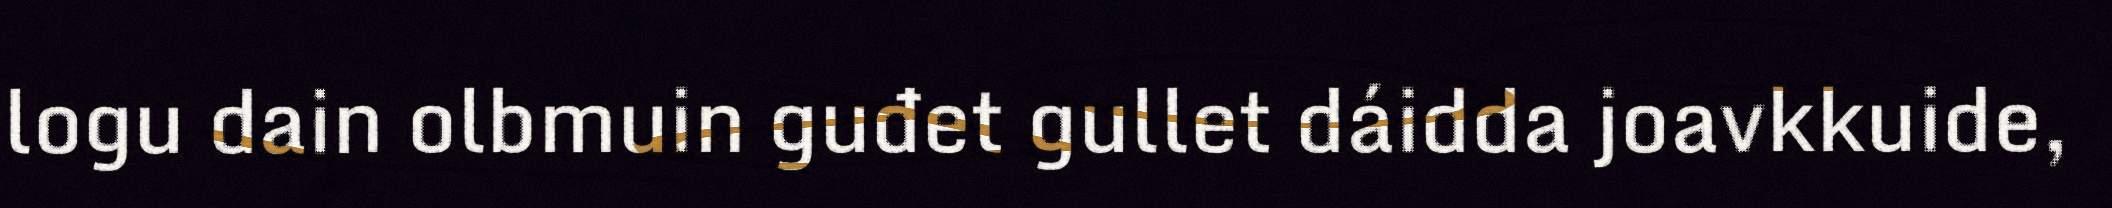
logu dain olbmuin guđet gullet dáidda joavkkuide,